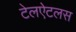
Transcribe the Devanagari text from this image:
टेलऐटलस